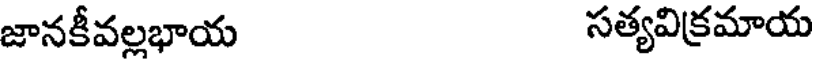
జానకీవల్లభాయ సత్యవిక్రమాయ